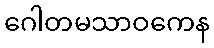
ဂေါတမသာဝကေန